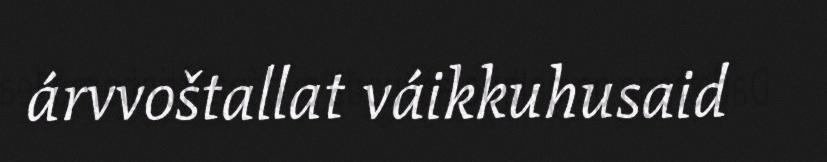
árvvoštallat váikkuhusaid